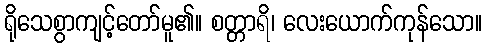
ရိုသေစွာကျင့်တော်မူ၏။ စတ္တာရိ၊ လေးယောက်ကုန်သော။